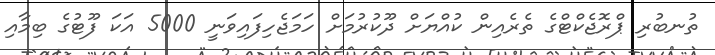
ތުނބުރި ޕްރޮޖެކްޓްގެ ތެރެއިން ކުއްޔަށް ދޫކުރުމަށް ހަމަޖެހިފައިވަނީ 5000 އަކަ ފޫޓުގެ ބިމާއި